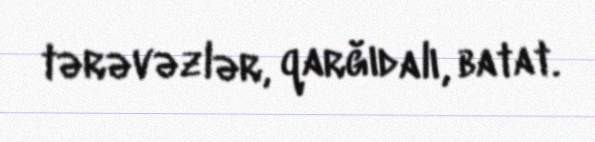
tərəvəzlər, qarğıdalı, batat.